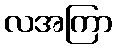
လအကြာ